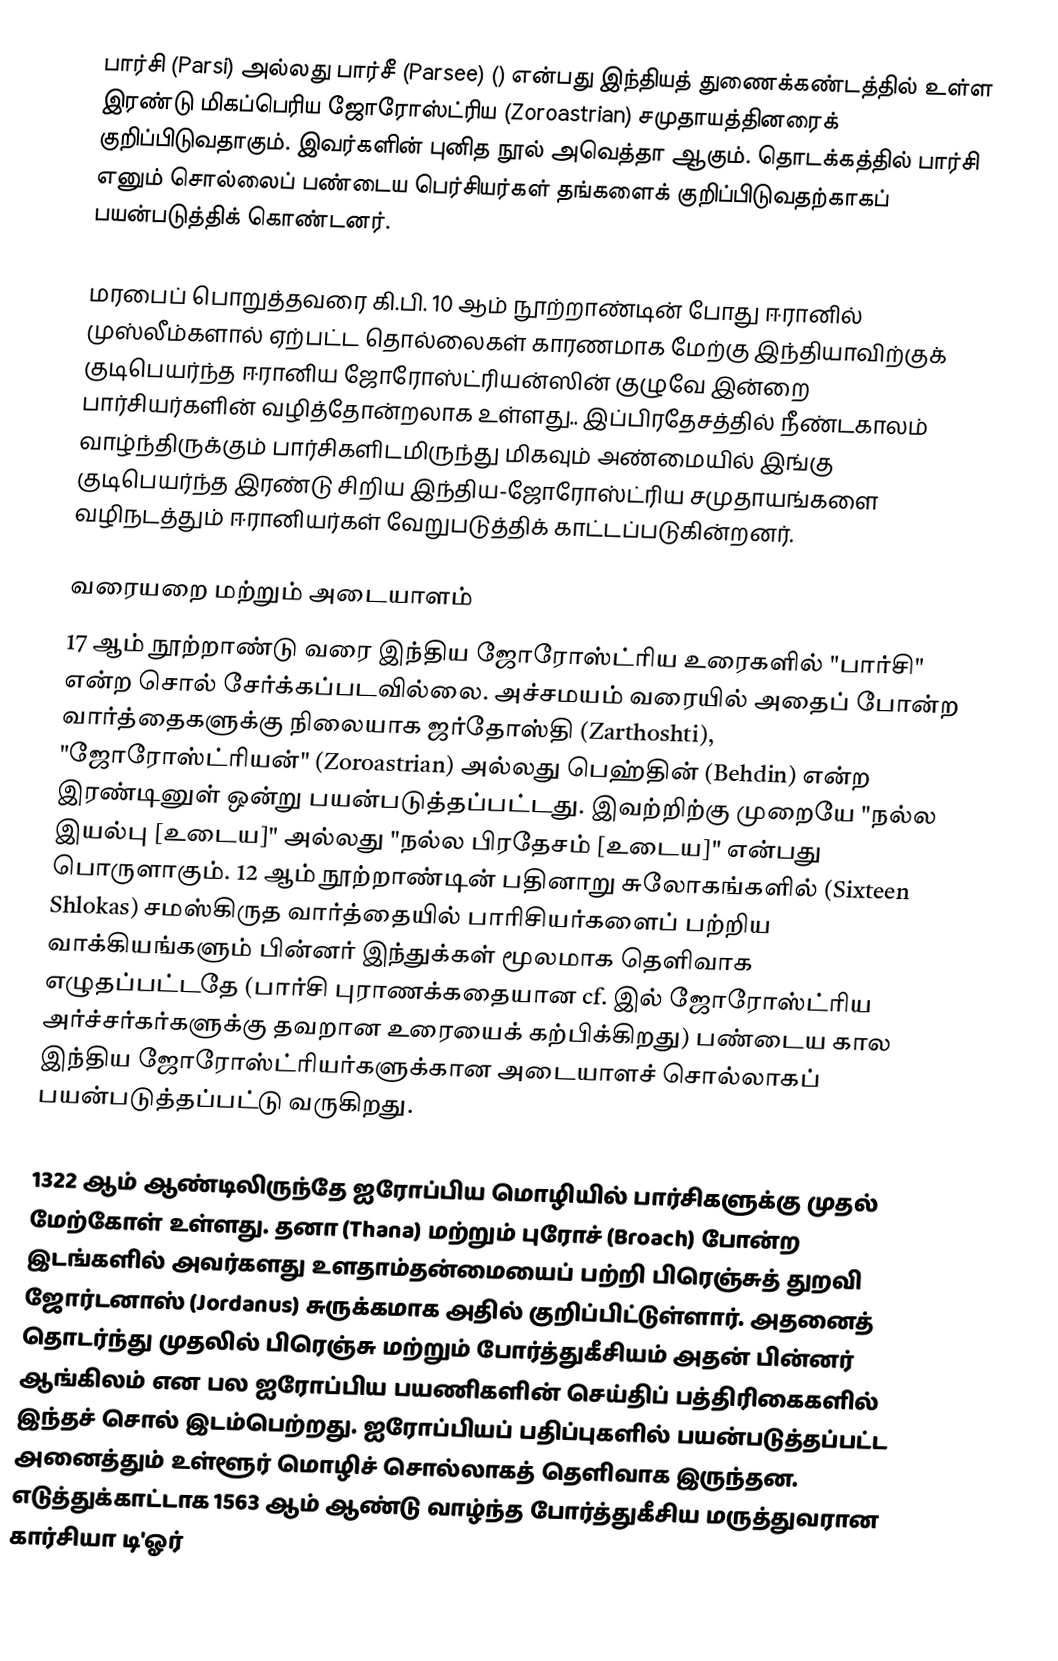
பார்சி (Parsi) அல்லது பார்சீ (Parsee) () என்பது இந்தியத் துணைக்கண்டத்தில் உள்ள இரண்டு மிகப்பெரிய ஜோரோஸ்ட்ரிய (Zoroastrian) சமுதாயத்தினரைக் குறிப்பிடுவதாகும்.  இவர்களின் புனித நூல் அவெத்தா ஆகும். தொடக்கத்தில் பார்சி எனும் சொல்லைப் பண்டைய பெர்சியர்கள் தங்களைக் குறிப்பிடுவதற்காகப் பயன்படுத்திக் கொண்டனர்.

மரபைப் பொறுத்தவரை கி.பி. 10 ஆம் நூற்றாண்டின் போது ஈரானில் முஸ்லீம்களால் ஏற்பட்ட தொல்லைகள் காரணமாக மேற்கு இந்தியாவிற்குக் குடிபெயர்ந்த ஈரானிய ஜோரோஸ்ட்ரியன்ஸின் குழுவே இன்றை பார்சியர்களின் வழித்தோன்றலாக உள்ளது.. இப்பிரதேசத்தில் நீண்டகாலம் வாழ்ந்திருக்கும் பார்சிகளிடமிருந்து மிகவும் அண்மையில் இங்கு குடிபெயர்ந்த இரண்டு சிறிய இந்திய-ஜோரோஸ்ட்ரிய சமுதாயங்களை வழிநடத்தும் ஈரானியர்கள் வேறுபடுத்திக் காட்டப்படுகின்றனர்.

வரையறை மற்றும் அடையாளம்
17 ஆம் நூற்றாண்டு வரை இந்திய ஜோரோஸ்ட்ரிய உரைகளில் "பார்சி" என்ற சொல் சேர்க்கப்படவில்லை. அச்சமயம் வரையில் அதைப் போன்ற வார்த்தைகளுக்கு நிலையாக ஜர்தோஸ்தி (Zarthoshti), "ஜோரோஸ்ட்ரியன்" (Zoroastrian) அல்லது பெஹ்தின் (Behdin) என்ற இரண்டினுள் ஒன்று பயன்படுத்தப்பட்டது. இவற்றிற்கு முறையே "நல்ல இயல்பு [உடைய]" அல்லது "நல்ல பிரதேசம் [உடைய]" என்பது பொருளாகும். 12 ஆம் நூற்றாண்டின் பதினாறு சுலோகங்களில் (Sixteen Shlokas) சமஸ்கிருத வார்த்தையில் பாரிசியர்களைப் பற்றிய வாக்கியங்களும் பின்னர் இந்துக்கள் மூலமாக தெளிவாக எழுதப்பட்டதே (பார்சி புராணக்கதையான cf.  இல் ஜோரோஸ்ட்ரிய அர்ச்சர்கர்களுக்கு தவறான உரையைக் கற்பிக்கிறது) பண்டைய கால இந்திய ஜோரோஸ்ட்ரியர்களுக்கான அடையாளச் சொல்லாகப் பயன்படுத்தப்பட்டு வருகிறது.

1322 ஆம் ஆண்டிலிருந்தே ஐரோப்பிய மொழியில் பார்சிகளுக்கு முதல் மேற்கோள் உள்ளது. தனா (Thana) மற்றும் புரோச் (Broach) போன்ற இடங்களில் அவர்களது உளதாம்தன்மையைப் பற்றி பிரெஞ்சுத் துறவி ஜோர்டனாஸ் (Jordanus) சுருக்கமாக அதில் குறிப்பிட்டுள்ளார். அதனைத் தொடர்ந்து முதலில் பிரெஞ்சு மற்றும் போர்த்துகீசியம் அதன் பின்னர் ஆங்கிலம் என பல ஐரோப்பிய பயணிகளின் செய்திப் பத்திரிகைகளில் இந்தச் சொல் இடம்பெற்றது. ஐரோப்பியப் பதிப்புகளில் பயன்படுத்தப்பட்ட அனைத்தும் உள்ளூர் மொழிச் சொல்லாகத் தெளிவாக இருந்தன. எடுத்துக்காட்டாக 1563 ஆம் ஆண்டு வாழ்ந்த போர்த்துகீசிய மருத்துவரான கார்சியா டி'ஓர்